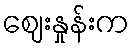
ဈေးနှုန်းက